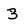
Character: 3